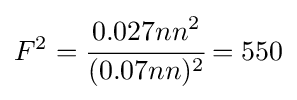
F^{2}={\cfrac {0.027nn^{2}}{(0.07nn)^{2}}}=550